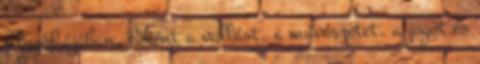
filozófiájában, főként a vallást, a művészetet, a jogot és